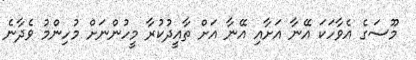
މޫސަގެ އެވާހަކަ އޭނާ އަށާއި އޭނާ އަށް ތާއީދުކުރާ މީހުންނަށް މުހިންމު ވެދާނެ